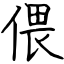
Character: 偎